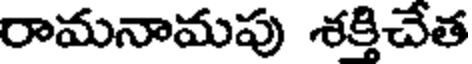
రామనామపు శక్తిచేత